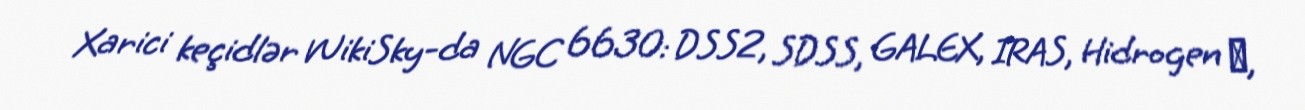
Xarici keçidlər WikiSky-da NGC 6630: DSS2, SDSS, GALEX, IRAS, Hidrogen α,